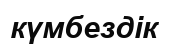
күмбездік